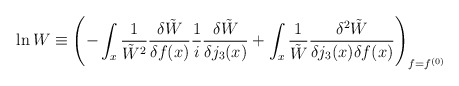
\begin{align*}\ln W \equiv \left(-\int_x \frac{1}{\tilde W^2}\frac{\delta \tilde W}{\delta f(x)}\frac1i \frac{\delta \tilde W}{\delta j_3(x)}+\int_x\frac{1}{\tilde W}\frac{\delta^2 \tilde W}{\delta j_3(x)\delta f(x)}\right)_{f=f^{(0)}}\end{align*}